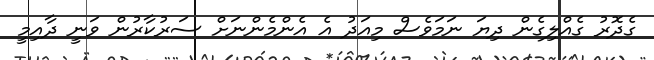
ގެދޮރު ގެއްލިގެން ދިޔަ ނަމަވެސް މިއަދު އެ އެންމެންނަށް ސަރުކާރުން ވަނީ ދާއިމީ